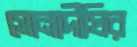
সোনাদীঘির